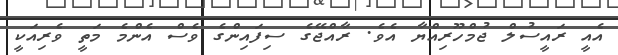
އެއީ ރައީސުލް ޖުމްހޫރިއްޔާ އެވެ. ރާއްޖޭގެ ސިފައިންގެ ވެސް އެންމެ މަތީ ވެރިއަކީ